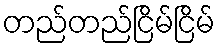
တည်တည်ငြိမ်ငြိမ်